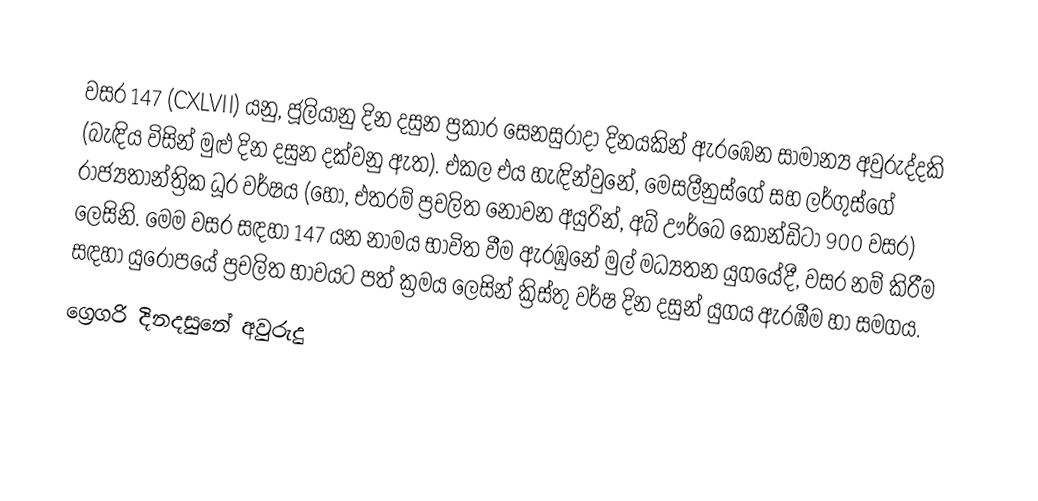

වසර 147 (CXLVII) යනු,  ජූලියානු දින දසුන ප්‍රකාර   සෙනසුරාදා දිනයකින් ඇරඹෙන සාමාන්‍ය අවුරුද්දකි  (බැඳිය විසින් මුළු දින දසුන දක්වනු ඇත). එකල එය හැඳින්වුනේ, මෙසලීනුස්ගේ සහ ලර්ගුස්ගේ රාජ්‍යතාන්ත්‍රික  ධූර වර්ෂය (හෝ, එතරම් ප්‍රචලිත නොවන අයුරින්,  අබ් ඌර්බෙ කෝන්ඩිටා  900 වසර) ලෙසිනි.  මෙම වසර සඳහා 147 යන නාමය භාවිත වීම ඇරඹුනේ මුල් මධ්‍යතන යුගයේදී, වසර නම් කිරීම සඳහා යුරෝපයේ ප්‍රචලිත භාවයට පත් ක්‍රමය ලෙසින් ක්‍රිස්තු වර්ෂ දින දසුන් යුගය ඇරඹීම හා සමගය.
ග්‍රෙගරි දිනදසුනේ අවුරුදු